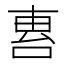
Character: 𠵤